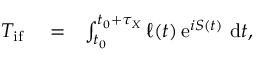
\begin{array} { r l r } { T _ { \ensuremath { \mathrm { i f } } } } & { { } = } & { \int _ { t _ { 0 } } ^ { t _ { 0 } + \tau _ { X } } \ell ( t ) \, \mathrm { e } ^ { i S ( t ) } \, \, \mathrm { d } t , } \end{array}